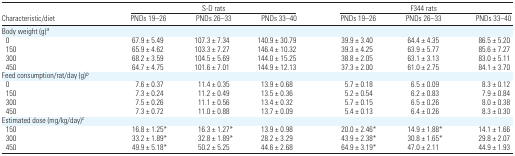
<table><thead><tr><td></td><td colspan="3"><b>S-D rats</b></td><td colspan="3"><b>F344 rats</b></td></tr><tr><td><b>Characteristic/diet</b></td><td><b>PNDs 19–26</b></td><td><b>PNDs 26–33</b></td><td><b>PNDs 33–40</b></td><td><b>PNDs 19–26</b></td><td><b>PNDs 26–33</b></td><td><b>PNDs 33–40</b></td></tr></thead><tbody><tr><td colspan="7">Body weight (g)a</td></tr><tr><td> 0</td><td>67.9 ± 5.49</td><td>107.3 ± 7.34</td><td>140.9 ± 30.79</td><td>39.9 ± 3.40</td><td>64.4 ± 4.35</td><td>86.5 ± 5.20</td></tr><tr><td> 150</td><td>65.9 ± 4.62</td><td>103.3 ± 7.27</td><td>146.4 ± 10.32</td><td>39.3 ± 4.25</td><td>63.9 ± 5.77</td><td>85.6 ± 7.27</td></tr><tr><td> 300</td><td>68.2 ± 3.59</td><td>104.5 ± 5.69</td><td>144.0 ± 15.25</td><td>38.8 ± 2.05</td><td>63.1 ± 3.13</td><td>83.0 ± 5.11</td></tr><tr><td> 450</td><td>64.7 ± 4.75</td><td>101.6 ± 7.01</td><td>144.9 ± 12.13</td><td>37.3 ± 2.00</td><td>61.0 ± 2.75</td><td>84.1 ± 3.70</td></tr><tr><td colspan="7">Feed consumption/rat/day (g)b</td></tr><tr><td> 0</td><td>7.6 ± 0.37</td><td>11.4 ± 0.35</td><td>13.9 ± 0.68</td><td>5.7 ± 0.18</td><td>6.5 ± 0.09</td><td>8.3 ± 0.12</td></tr><tr><td> 150</td><td>7.3 ± 0.24</td><td>11.2 ± 0.49</td><td>13.5 ± 0.36</td><td>5.2 ± 0.54</td><td>6.2 ± 0.83</td><td>7.9 ± 0.84</td></tr><tr><td> 300</td><td>7.5 ± 0.26</td><td>11.1 ± 0.56</td><td>13.4 ± 0.32</td><td>5.7 ± 0.15</td><td>6.5 ± 0.26</td><td>8.0 ± 0.38</td></tr><tr><td> 450</td><td>7.3 ± 0.72</td><td>11.0 ± 0.88</td><td>13.7 ± 0.09</td><td>5.4 ± 0.13</td><td>6.4 ± 0.26</td><td>8.3 ± 0.30</td></tr><tr><td colspan="7">Estimated dose (mg/kg/day)c</td></tr><tr><td> 150</td><td>16.8 ± 1.25*</td><td>16.3 ± 1.27*</td><td>13.9 ± 0.98</td><td>20.0 ± 2.46*</td><td>14.9 ± 1.88*</td><td>14.1 ± 1.66</td></tr><tr><td> 300</td><td>33.2 ± 1.89*</td><td>32.8 ± 1.89*</td><td>28.2 ± 3.29</td><td>43.9 ± 2.38*</td><td>30.8 ± 1.65*</td><td>29.8 ± 2.07</td></tr><tr><td> 450</td><td>49.9 ± 5.18*</td><td>50.2 ± 5.25</td><td>44.6 ± 2.68</td><td>64.9 ± 3.19*</td><td>47.0 ± 2.11</td><td>44.9 ± 1.93</td></tr></tbody></table>